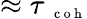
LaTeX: \approx\tau{_{\mathrm{~\scriptsize~c~o~h~}}}